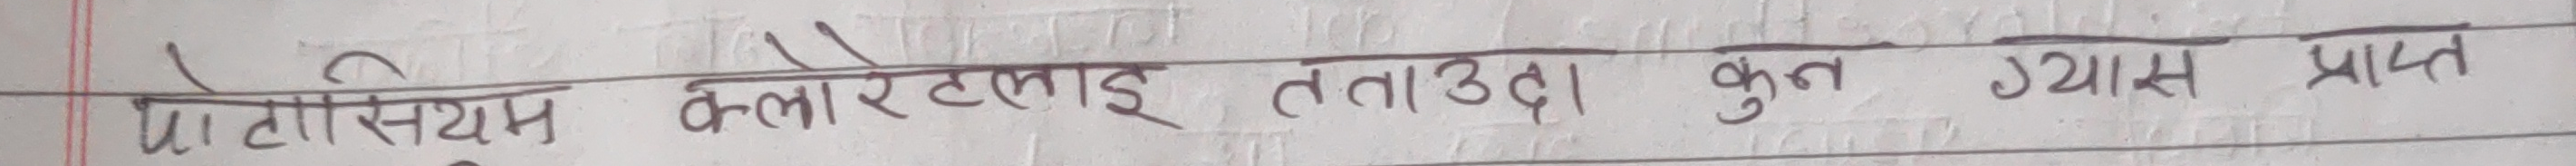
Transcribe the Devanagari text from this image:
पोटसियम क्लोरेटलाई तताउदा कुन ग्यास प्राप्त